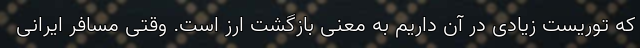
که توریست زیادی در آن داریم به معنی بازگشت ارز است. وقتی مسافر ایرانی